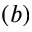
( b )